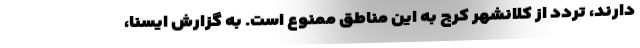
دارند، تردد از کلانشهر کرج به این مناطق ممنوع است. به گزارش ایسنا،